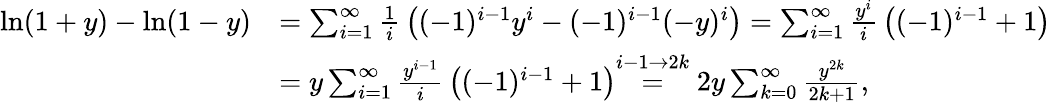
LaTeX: {\begin{array}{rl}{\ln(1+y)-\ln(1-y)}&{=\sum_{i=1}^{\infty}{\frac{1}{i}}\left((-1)^{i-1}y^{i}-(-1)^{i-1}(-y)^{i}\right)=\sum_{i=1}^{\infty}{\frac{y^{i}}{i}}\left((-1)^{i-1}+1\right)}\\ &{=y\sum_{i=1}^{\infty}{\frac{y^{i-1}}{i}}\left((-1)^{i-1}+1\right){\overset{i-1\to 2k}{=}}\; 2y\sum_{k=0}^{\infty}{\frac{y^{2k}}{2k+1}},}\end{array}}